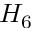
H _ { 6 }